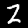
Label: 2